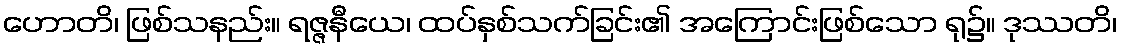
ဟောတိ၊ ဖြစ်သနည်း။ ရဇ္ဇနီယေ၊ ထပ်နှစ်သက်ခြင်း၏ အကြောင်းဖြစ်သော ရု၌။ ဒုဿတိ၊